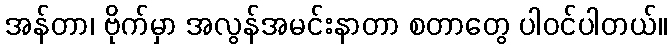
အန်တာ၊ ဗိုက်မှာ အလွန်အမင်းနာတာ စတာတွေ ပါဝင်ပါတယ်။